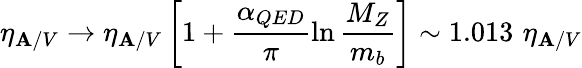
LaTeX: \eta_{\mathbf{A}/V}\to\eta_{\mathbf{A}/V}\left[1+\frac{{\alpha_{QED}}}{{\pi}}\ln\frac{{M_{Z}}}{{m_{b}}}\right]\sim1.013\, \, \eta_{\mathbf{A}/V}